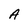
Character: A